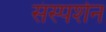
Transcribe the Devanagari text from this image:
संस्पर्शन